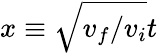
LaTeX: x\equiv\sqrt{v_{f}/v_{i}}t